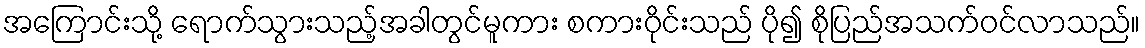
အကြောင်းသို့ ရောက်သွားသည့်အခါတွင်မူကား စကားဝိုင်းသည် ပို၍ စိုပြည်အသက်ဝင်လာသည်။